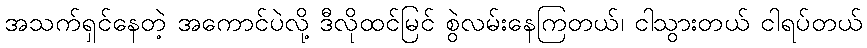
အသက်ရှင်နေတဲ့ အကောင်ပဲလို့ ဒီလိုထင်မြင် စွဲလမ်းနေကြတယ်၊ ငါသွားတယ် ငါရပ်တယ်